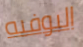
البوفيه